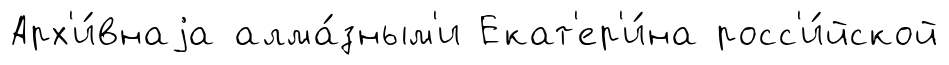
Арх'и́внаjа алма́зным'и Екат'ер'и́на росс'и́йской